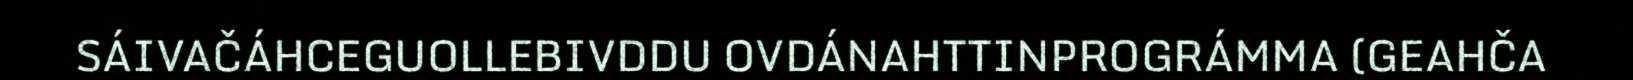
SÁIVAČÁHCEGUOLLEBIVDDU OVDÁNAHTTINPROGRÁMMA (GEAHČA